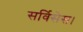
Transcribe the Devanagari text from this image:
सर्विसेस।